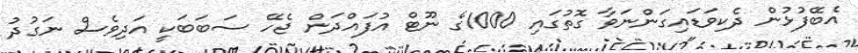
އެބޭފުޅުން ދެކިވަޑައިގަންނަވާ ގޮތުގައި 1000ގެ ނޫޓް އުފައްދަން ޖެހޭ ސަބަބަކީ އަދިވެސް ނަގުދު